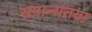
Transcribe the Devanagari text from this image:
समान्यतया